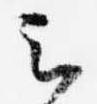
云